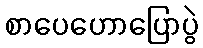
စာပေဟောပြောပွဲ